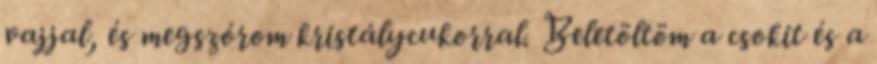
vajjal, és megszórom kristálycukorral. Beletöltöm a csokit és a